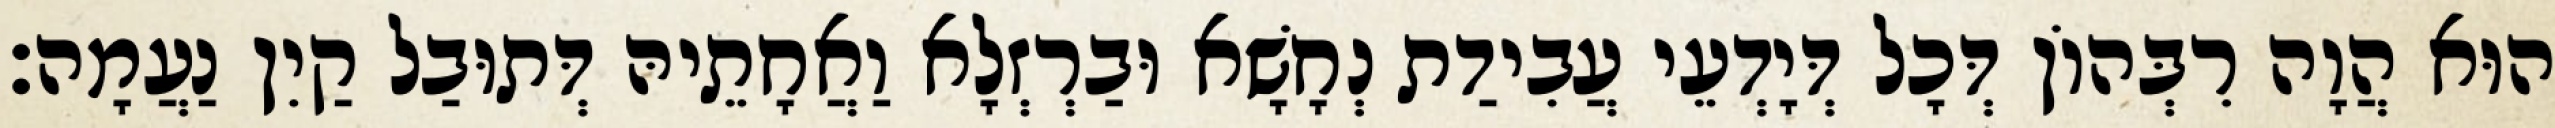
הוּא הֲוָה רִבְּהוֹן דְּכָל דְּיָדְעֵי עֲבִידַת נְחָשָׁא וּבַרְזְלָא וַאֲחָתֵיהּ דְּתוּבַל קַיִן נַעֲמָה׃